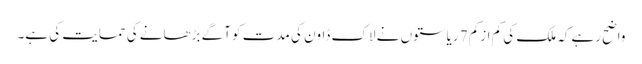
واضح رہےکہ ملک کی کم ازکم 7 ریاستوں نے لاک ڈاون کی مدت کو آگے بڑھانےکی حمایت کی ہے۔